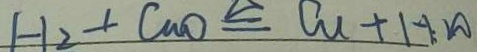
H _ { 2 } + C u O \xlongequal { \Delta } C u + H _ { 2 } O